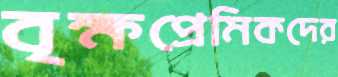
বৃক্ষপ্রেমিকদের